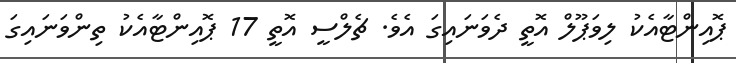
ޕޮއިންޓާއެކު ލިވަޕޫލް އޮތީ ދެވަނައިގަ އެވެ. ޗެލްސީ އޮތީ 17 ޕޮއިންޓާއެކު ތިންވަނައިގަ